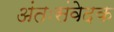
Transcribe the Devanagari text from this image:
अंतःसंवेदक